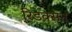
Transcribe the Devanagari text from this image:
रिडक्सन